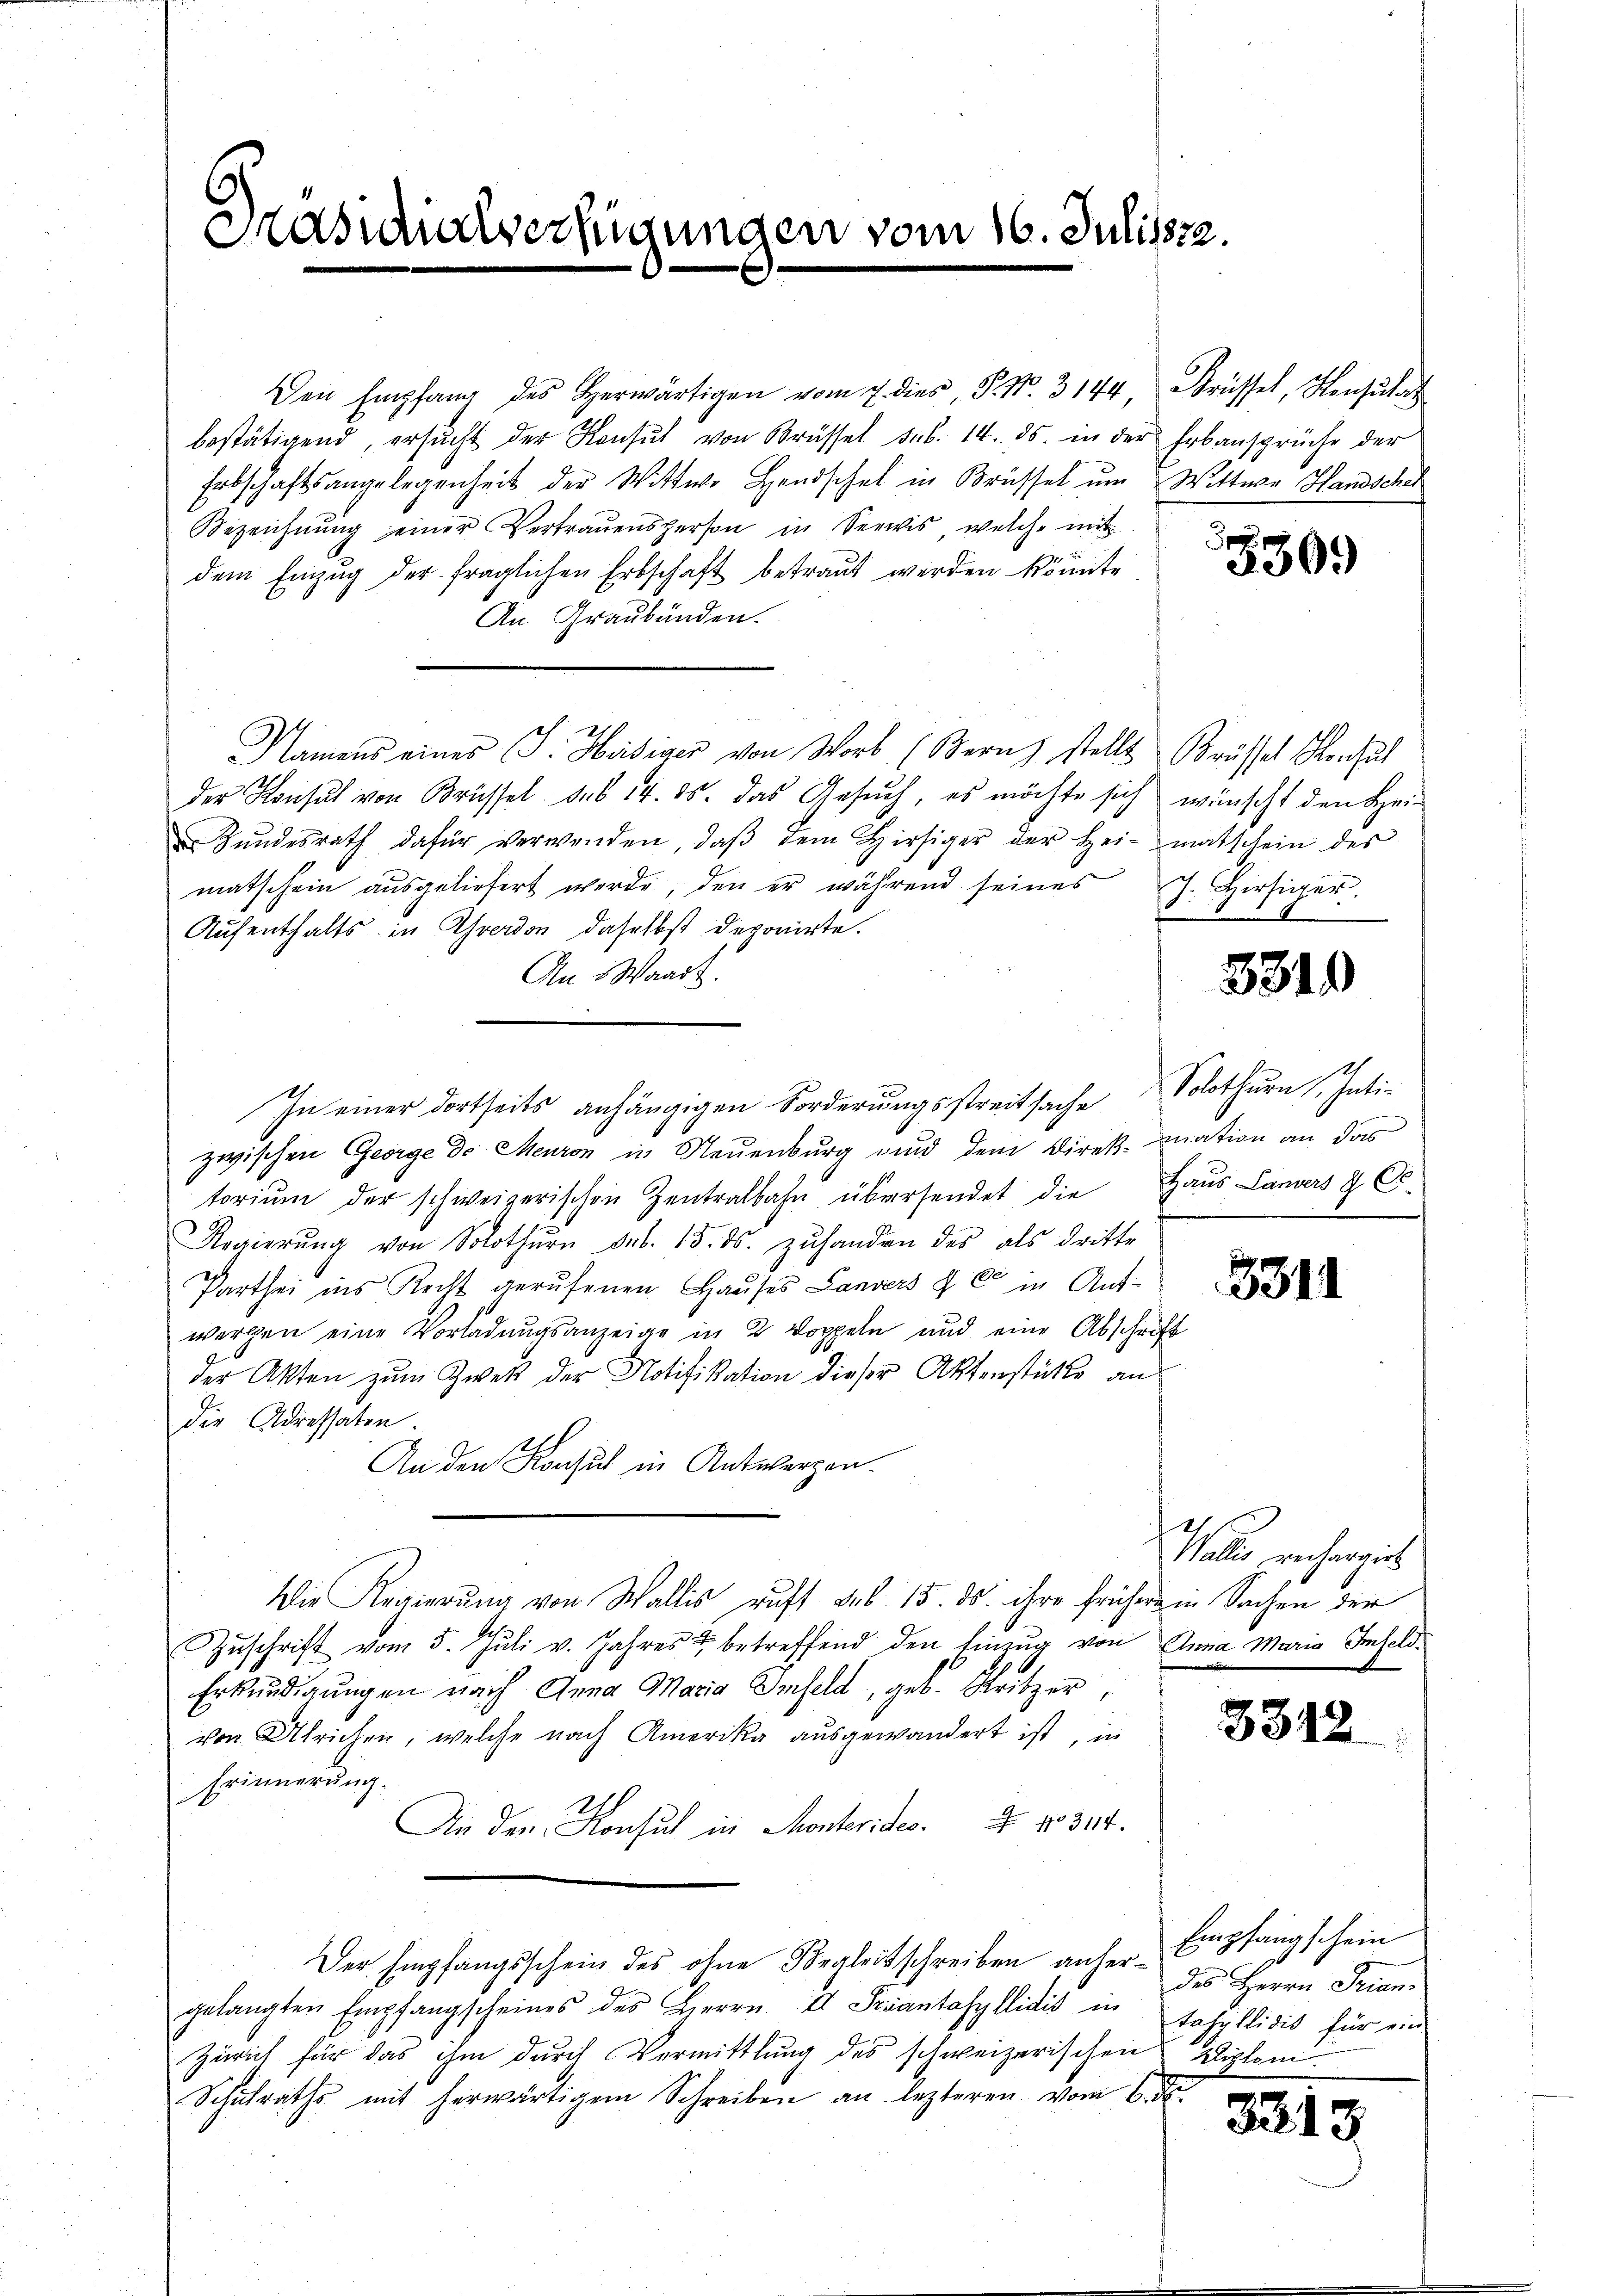
Präsidialverfügungen v.

Den Empfang des Herwärtigen vom 7. dies, P. Nr. 3144, Brüssel, Konsulat
bestätigend, ersŭcht der Konsul von Brüssel sub. 14. ds. in der Erbansprüche der
Erbschaftsangelegenheit der Wittwe Handschel in Brüssel um Wittwe Handschei
Bezeichnŭng einer Vertraŭensperson in Seewis welche mit
dem Einzug der fraglichen Erbschaft betraut werden könnte
An Graubünden.
Namens eines J. Hediger von Worb (Bern) stellt Brüssel Sensat
der Konsul von Brüssel sub 14. ds. das Gesŭch, es möchte sich wünscht den Hei-
ŭndesrath dafür verwenden, daβ dem hiesiger der Heimatschein des
matschein aŭsgeliefert werde, den er während seines J. Hertiger.
Aufenthalts in Yverdon, daselbst deponirte.
An Waadt.
In einer dortseits anhängigen Forderungsstreitsache Solothurn hati-
zwischen George ds Meuron in Neuenburg und dem Direk-mation an das
toriŭm der schweizerischen Zentralbahn übersendet die Haus Landers & Co.
Regierŭng von Solothŭrn des 15. ds. zŭhanden des als dritte
Parthei ins Recht gerufenen Hauses Landers & C in Auf-
werfen eine Vorladungsanzeige in 2 Doppeln und eine Abschrift
der Akten zum Zwek der Notifikation dieser Aktenstückte an
die Adressaten.
An den Konsul in Antwerpen.
Die Regierŭng von Wallis auft das 15. ds. ihre frühere in Sachen der
ZZŭschrift vom 5. Jŭli v. Jahres & betreffend den Einzŭg von Anna Maria Infeld.
Erkundigungen nach Anna Maria Imfeld, geb. Kritzer
von Ulrichen, welche nach Amerika ausgewandert ist, in
Erinnerung.
An den Konsul in Monteridec. No. 314.
Der Empfangsschein des ohne Begleitschreiben anher Empfangschein
gelangten Empfangscheines des Herrn.  Frantasyllidis in Johyllidit für ein
Zürich für das ihm durch Vermittlung des schweizerischen Diplom¬
Schulraths mit herwärtigem Schreiben an lezteren vom 6. ds.

¬

6. Juli 1822.

3309

331.

3314

Walle anhergit

331.

des Herrn Frian¬

3313